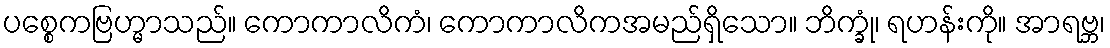
ပစ္စေကဗြဟ္မာသည်။ ကောကာလိကံ၊ ကောကာလိကအမည်ရှိသော။ ဘိက္ခုံ၊ ရဟန်းကို။ အာရဗ္ဘ၊